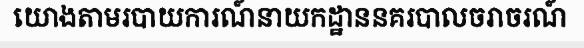
យោងតាមរបាយការណ៍នាយកដ្ឋាននគរបាលចរាចរណ៍